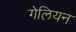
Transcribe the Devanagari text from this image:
गेलियन